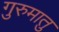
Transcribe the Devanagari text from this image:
गुरुमातु